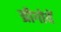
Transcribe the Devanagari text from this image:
य्रीगोयें